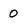
Character: 0